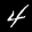
Label: 4